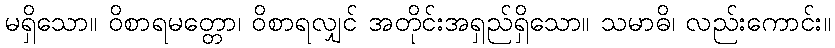
မရှိသော။ ဝိစာရမတ္တော၊ ဝိစာရလျှင် အတိုင်းအရှည်ရှိသော။ သမာဓိ၊ လည်းကောင်း။